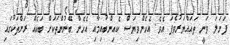
ފަށަލަ ވަނީ ތަޣައްޔަރުވެފަ އެވެ. އެހެންވިޔަސް ކެއިންބުއިމާއި އެހެން ބޭނުންތަކަށް ބައެއް ރަށްތަކުގައި